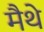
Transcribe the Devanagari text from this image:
मैथे